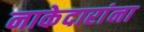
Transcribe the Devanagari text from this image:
नाकेदारांना